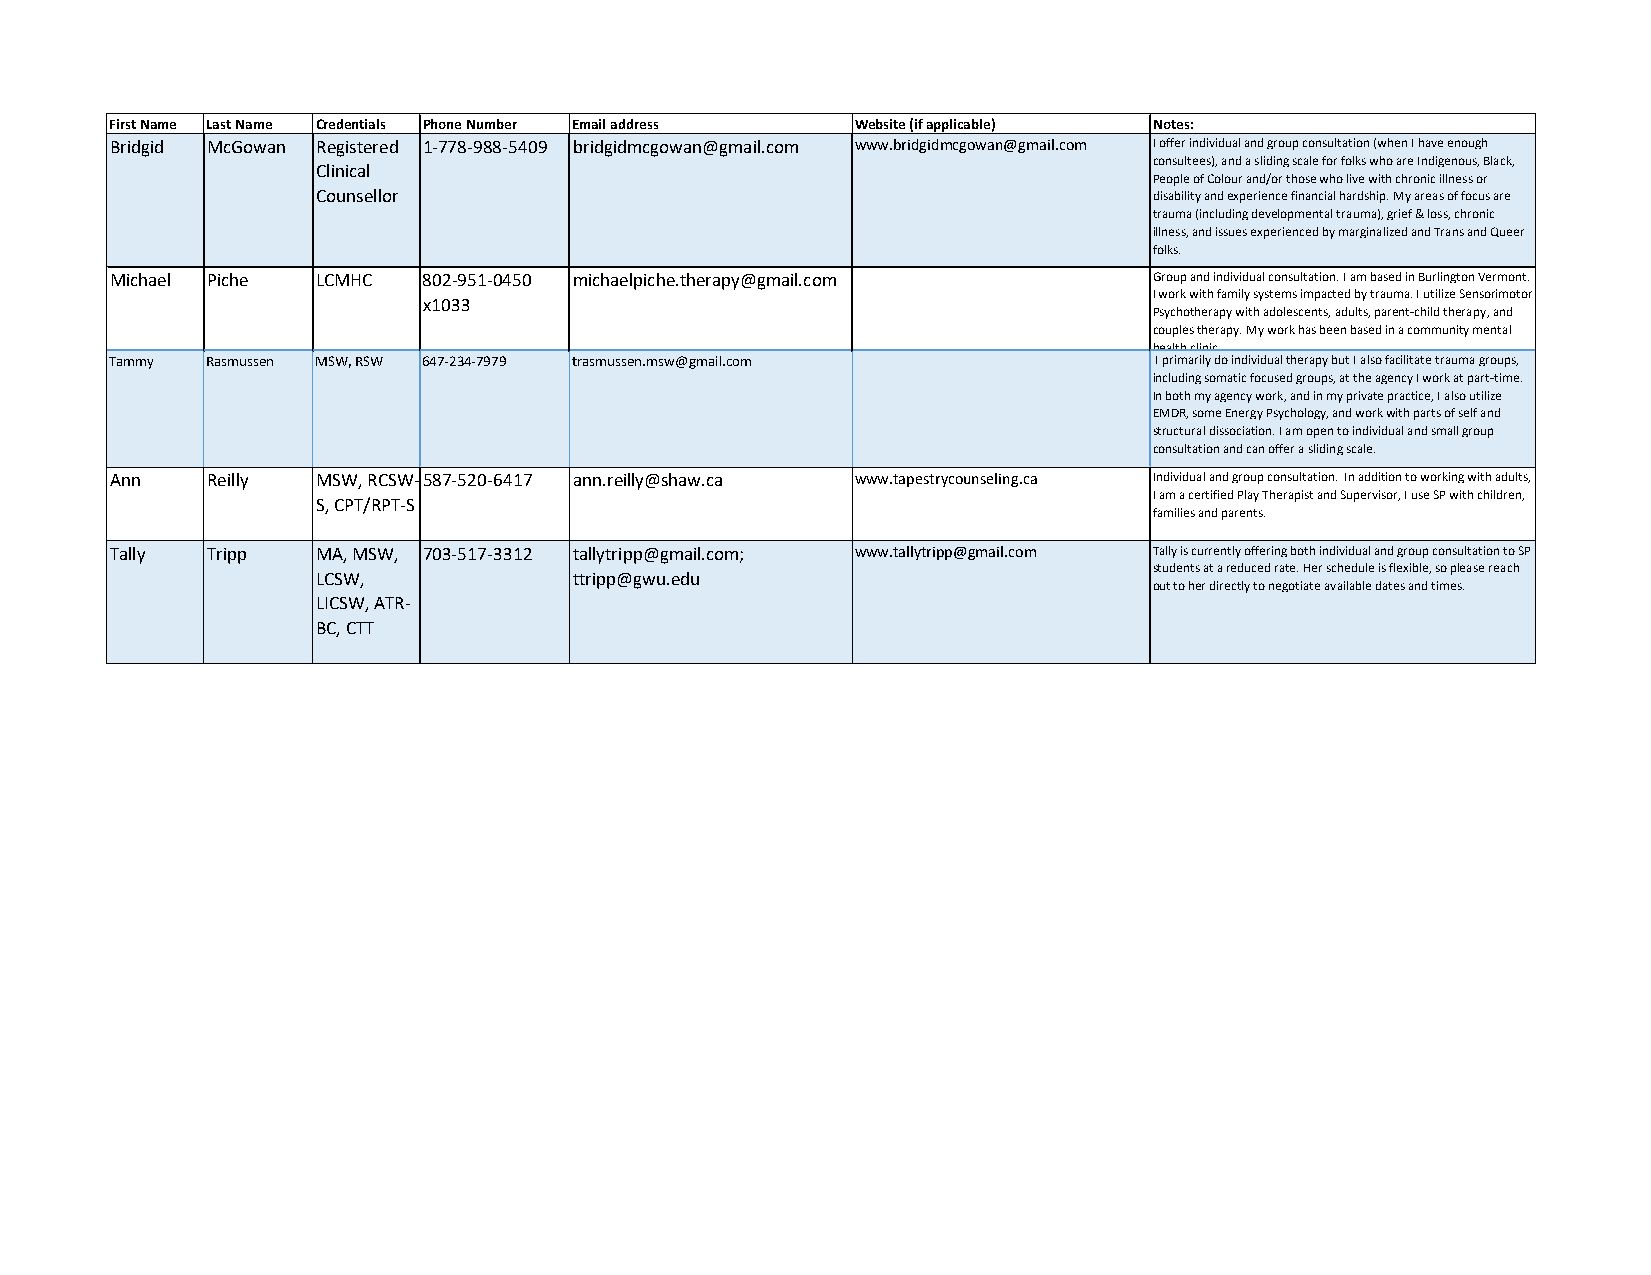
First Name Last Name Credentials Phone Number Email address Website (if applicable) Notes:
 Bridgid McGowan Registered 1-778-988-5409 bridgidmcgowan@gmail.com www.bridgidmcgowan@gmail.com I offer individual and group consultation (when I have enough
 consultees), and a sliding scale for folks who are Indigenous, Black,
 Clinical
 People of Colour and/or those who live with chronic illness or
 Counsellor                                             disability and experience financial hardship. My areas of focus are
 trauma (including developmental trauma), grief & loss, chronic
 illness, and issues experienced by marginalized and Trans and Queer
 folks.
 Michael Piche LCMHC  802-951-0450 michaelpiche.therapy@gmail.com     Group and individual consultation. I am based in Burlington Vermont.
 I work with family systems impacted by trauma. I utilize Sensorimotor
 x1033
 Psychotherapy with adolescents, adults, parent-child therapy, and
 couples therapy. My work has been based in a community mental
 health clinic.
 Tammy  Rasmussen MSW, RSW 647-234-7979 trasmussen.msw@gmail.com      I primarily do individual therapy but I also facilitate trauma groups,
 including somatic focused groups, at the agency I work at part-time.
 In both my agency work, and in my private practice, I also utilize
 EMDR, some Energy Psychology, and work with parts of self and
 structural dissociation. I am open to individual and small group
 consultation and can offer a sliding scale.
 Ann    Reilly MSW, RCSW-587-520-6417 ann.reilly@shaw.ca www.tapestrycounseling.ca Individual and group consultation. In addition to working with adults,
 I am a certified Play Therapist and Supervisor, I use SP with children,
 S, CPT/RPT-S
 families and parents.
 Tally  Tripp  MA, MSW, 703-517-3312 tallytripp@gmail.com; www.tallytripp@gmail.com Tally is currently offering both individual and group consultation to SP
 students at a reduced rate. Her schedule is flexible, so please reach
 LCSW,            ttripp@gwu.edu
 out to her directly to negotiate available dates and times.
 LICSW, ATR-
 BC, CTT